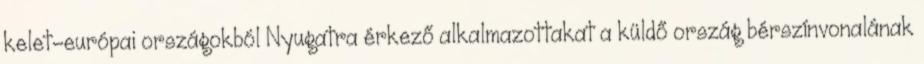
kelet-európai országokból Nyugatra érkező alkalmazottakat a küldő ország bérszínvonalának